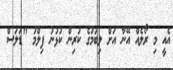
އެއީ މި ރޯލެއް އޭނާ އަށް ލިބުމުގެ ކުރިން ކުޅުނު ފިލްމު "ޑަލަސް